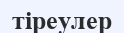
тіреулер